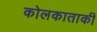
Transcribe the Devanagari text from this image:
कोलकाताकी